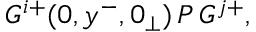
G ^ { i + } ( 0 , y ^ { - } , 0 _ { \perp } ) \, { \cal P } \, G ^ { j + } ,